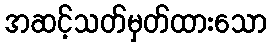
အဆင့်သတ်မှတ်ထားသော